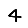
Digit: 4